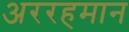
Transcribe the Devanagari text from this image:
अररहमान